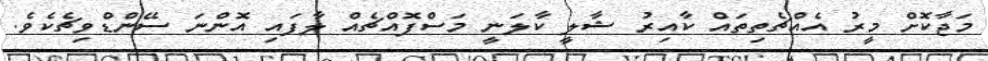
މަޖާކޮށް މީރު އެއްޗެތިތައް ކާއިރު ޝާލީ ކާލަނީ މަސްފޮއްޗެއް ލާފައި އޮންނަ ސޭންޑްވިޗެކެވެ.